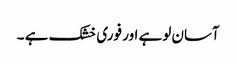
آسان لوہے اور فوری خشک ہے ۔